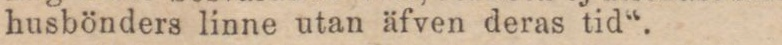
husbönders linne utan äfven deras tid“.